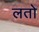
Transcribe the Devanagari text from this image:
लतो